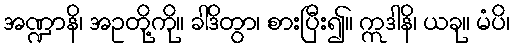
အဏ္ဍာနိ၊ အဥတို့ကို။ ခါဒိတွာ၊ စားပြီး၍။ ဣဒါနိ၊ ယခု။ မံပိ၊